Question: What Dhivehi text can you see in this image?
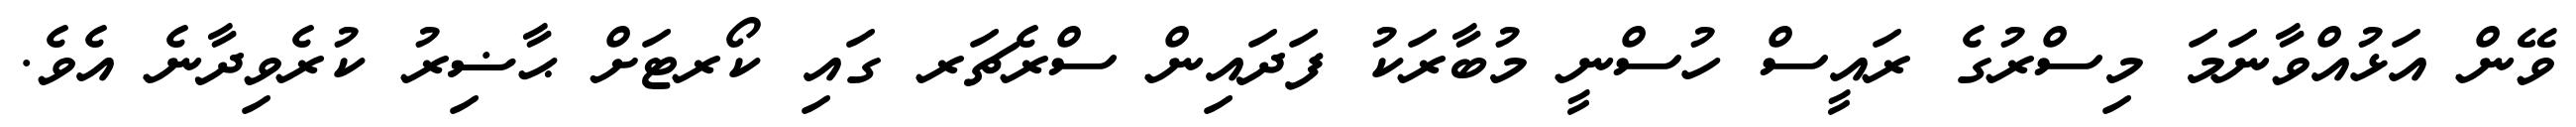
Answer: ވޭން އަޅުއްވާނަމަ މިސްރުގެ ރައީސް ހުސްނީ މުބާރަކު ފަދައިން ސްރެޗަރ ގައި ކޯރޓަށް ޙާޟިރު ކުރެވިދާނެ އެވެ.